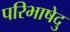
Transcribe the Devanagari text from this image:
परिभाषेदु